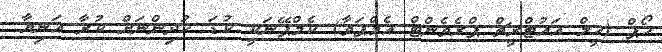
ހޯޕް (ހީލް އައުޓްރީޗް ޕްރެވެންޓް އެމްޕަވާ) ކެމްޕޭނަކީ ކުޑަ ކުދިންނަށް ކުރާ އަނިޔާ